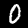
Label: 0